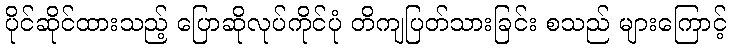
ပိုင်ဆိုင်ထားသည့် ပြောဆိုလုပ်ကိုင်ပုံ တိကျပြတ်သားခြင်း စသည် များကြောင့်